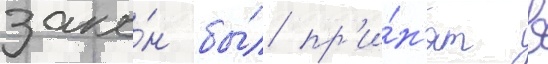
зако́н бы́л пр'и́н'ят в